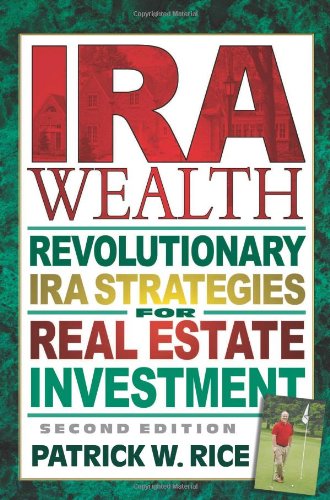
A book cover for IRA Wealth: Revolutionary IRA Strategies for Real Estate Investment; Patrick W. Rice; Business & Money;